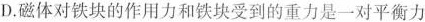
D.磁体对铁块的作用力和铁块受到的重力是一对平衡力